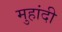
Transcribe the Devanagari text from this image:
मुहांदी